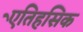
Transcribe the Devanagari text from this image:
एेतिहसिक